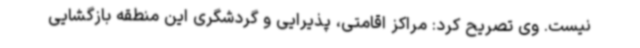
نیست. وی تصریح کرد: مراکز اقامتی، پذیرایی و گردشگری این منطقه بازگشایی